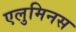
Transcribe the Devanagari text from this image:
एलुमिनस